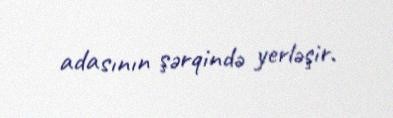
adasının şərqində yerləşir.